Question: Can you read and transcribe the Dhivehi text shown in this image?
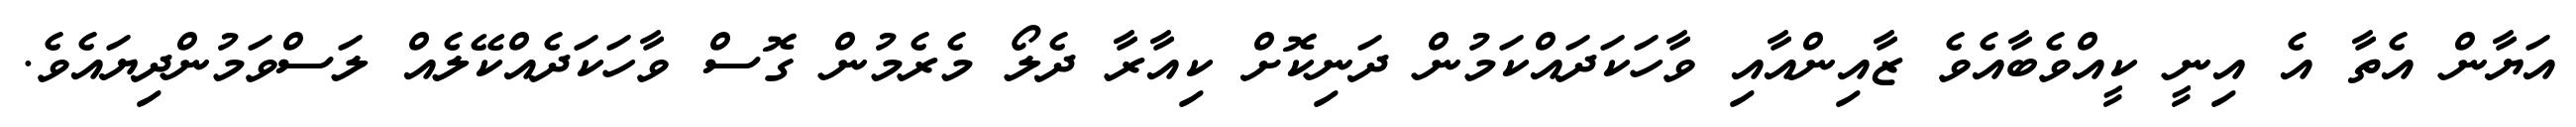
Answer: އަޔާން އެތާ އެ އިނީ ކީއްވެބާއެވެ ޒާއިންއާއި ވާހަކަދައްކަމުން ދަނިކޮށް ކިއާރާ ދެލޯ މެރެމުން ގޮސް ވާހަކަދެއްކޭލެއް ލަސްވަމުންދިޔައެވެ.